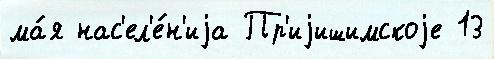
ма́я нас'ел'е́н'иjа Пр'иjишимскоjе 13